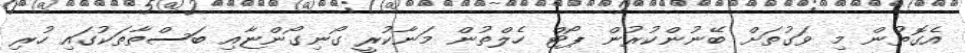
އެގޮތުން މި ވަގުތަށް ބޭނުންކުރުން ޕޯޓް ހެލްތުން މަނާކުރީ ގޯނިގޯންޏާއި ބަސްތާތަކުގައި ހުރި